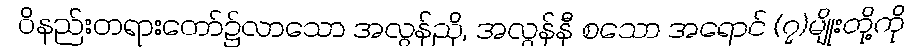
ဝိနည်းတရားတော်၌လာသော အလွန်ညို, အလွန်နီ စသော အရောင် (၇)မျိုးတို့ကို